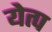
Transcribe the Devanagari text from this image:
येत्प